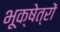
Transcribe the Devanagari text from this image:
भूक्षेत्रों